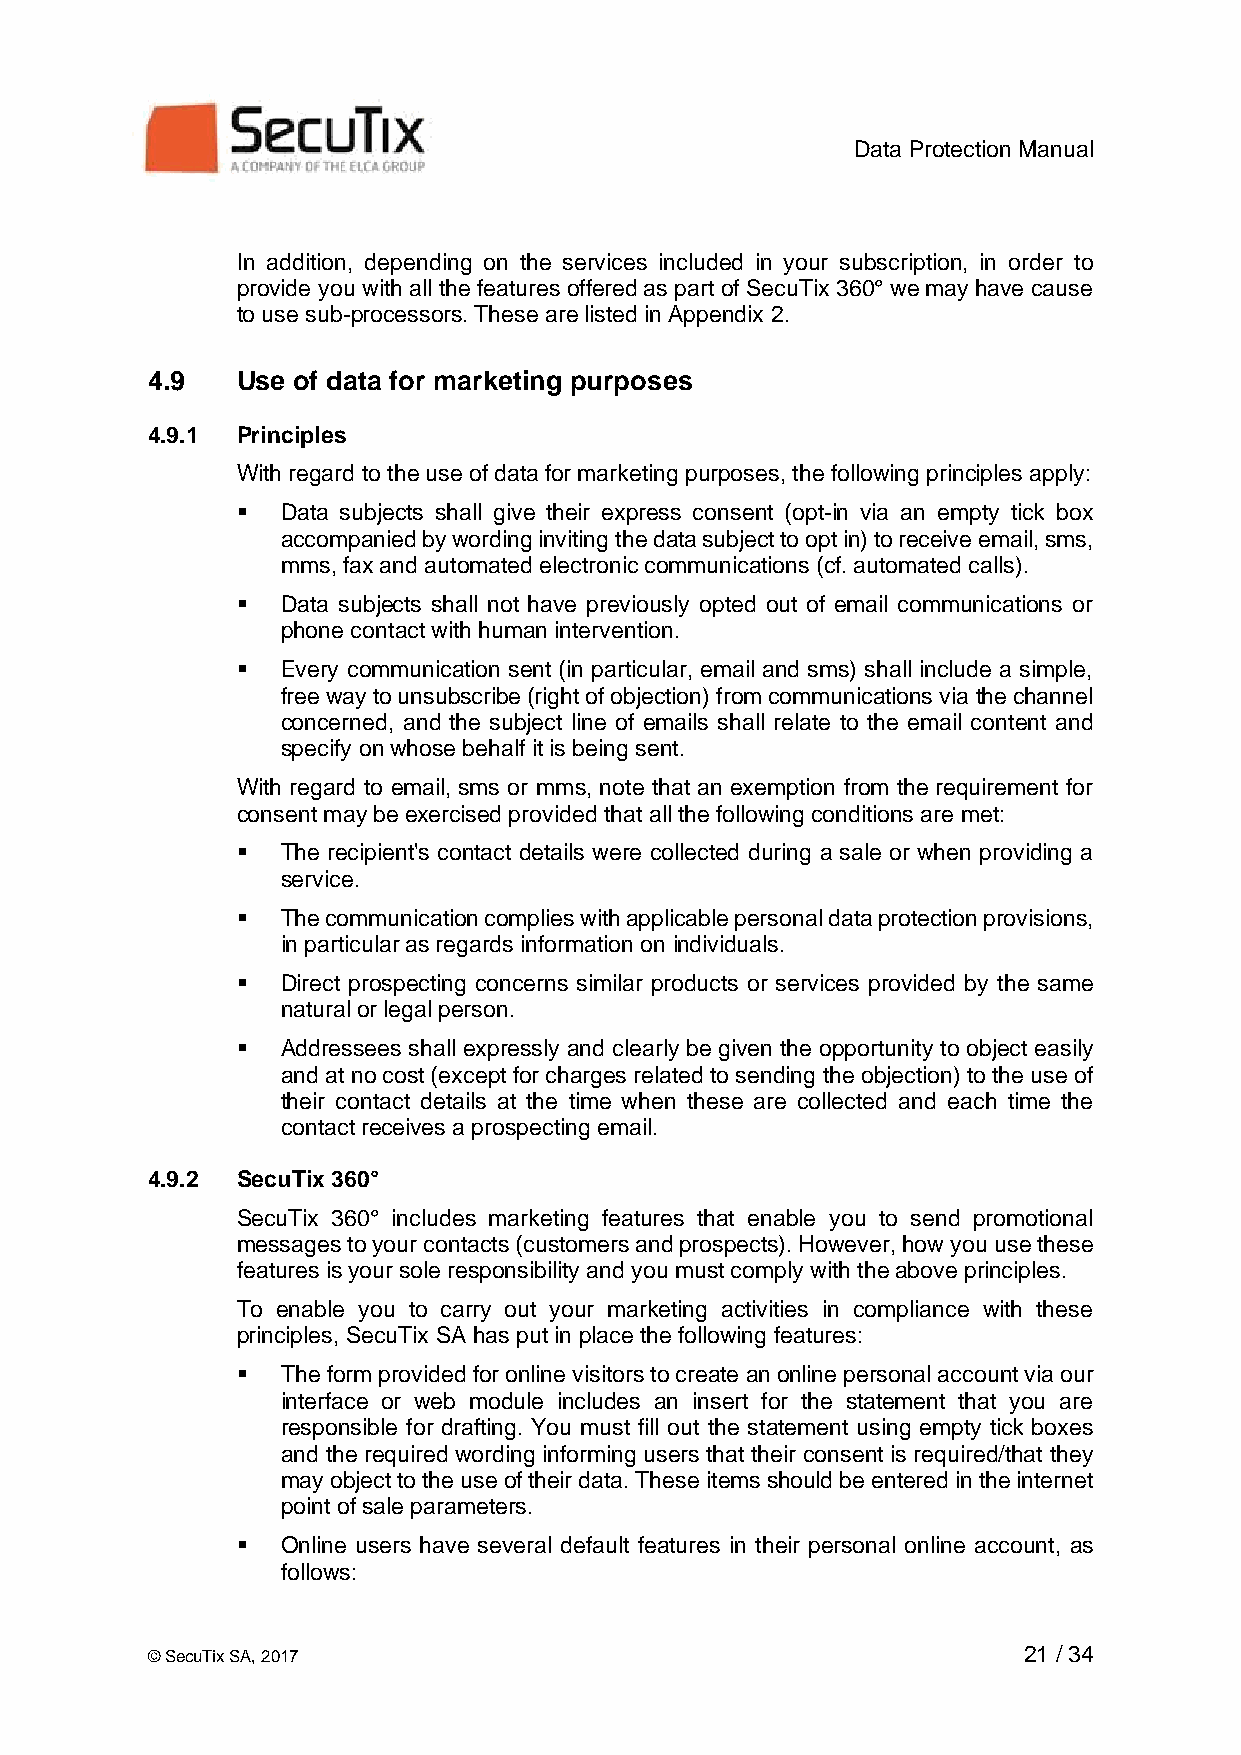
Data Protection Manual
 In addition, depending on the services included in your subscription, in order to
 provide you with all the features offered as part of SecuTix 360° we may have cause
 to use sub-processors. These are listed in Appendix 2.
 4.9   Use of data for marketing purposes
 4.9.1 Principles
 With regard to the use of data for marketing purposes, the following principles apply:
 ▪  Data subjects shall give their express consent (opt-in via an empty tick box
 accompanied by wording inviting the data subject to opt in) to receive email, sms,
 mms, fax and automated electronic communications (cf. automated calls).
 ▪  Data subjects shall not have previously opted out of email communications or
 phone contact with human intervention.
 ▪  Every communication sent (in particular, email and sms) shall include a simple,
 free way to unsubscribe (right of objection) from communications via the channel
 concerned, and the subject line of emails shall relate to the email content and
 specify on whose behalf it is being sent.
 With regard to email, sms or mms, note that an exemption from the requirement for
 consent may be exercised provided that all the following conditions are met:
 ▪  The recipient's contact details were collected during a sale or when providing a
 service.
 ▪  The communication complies with applicable personal data protection provisions,
 in particular as regards information on individuals.
 ▪  Direct prospecting concerns similar products or services provided by the same
 natural or legal person.
 ▪  Addressees shall expressly and clearly be given the opportunity to object easily
 and at no cost (except for charges related to sending the objection) to the use of
 their contact details at the time when these are collected and each time the
 contact receives a prospecting email.
 4.9.2 SecuTix 360°
 SecuTix 360° includes marketing features that enable you to send promotional
 messages to your contacts (customers and prospects). However, how you use these
 features is your sole responsibility and you must comply with the above principles.
 To enable you to carry out your marketing activities in compliance with these
 principles, SecuTix SA has put in place the following features:
 ▪  The form provided for online visitors to create an online personal account via our
 interface or web module includes an insert for the statement that you are
 responsible for drafting. You must fill out the statement using empty tick boxes
 and the required wording informing users that their consent is required/that they
 may object to the use of their data. These items should be entered in the internet
 point of sale parameters.
 ▪  Online users have several default features in their personal online account, as
 follows:
 © SecuTix SA, 2017                                        21 / 34